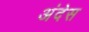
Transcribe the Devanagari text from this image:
अंदेस